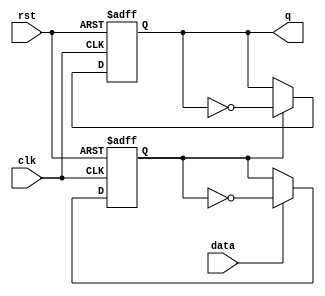
`timescale 1ns/1ns

/* 
    VL2  T 
*/

module Tff_2 (
input wire data, clk, rst,
output reg q  
);
//*************code***********//
reg q1;

always @(posedge clk or negedge rst) begin
    if (rst == 1'b0) begin
        q1 <= 1'b0;
    end else begin
        if (data) begin
            q1 <= ~q1;
        end else begin
            q1 <= q1;
        end
    end
end

always @(posedge clk or negedge rst) begin
    if (rst == 1'b0) begin
        q <= 1'b0;
    end else begin
        if (q1) begin
            q <= ~q;
        end else begin
            q <= q;
        end
    end
end

//*************code***********//
endmodule